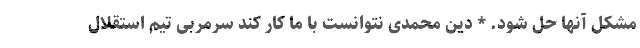
مشکل آنها حل شود. * دین محمدی نتوانست با ما کار کند سرمربی تیم استقلال